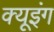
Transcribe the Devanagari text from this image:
क्यूइंग